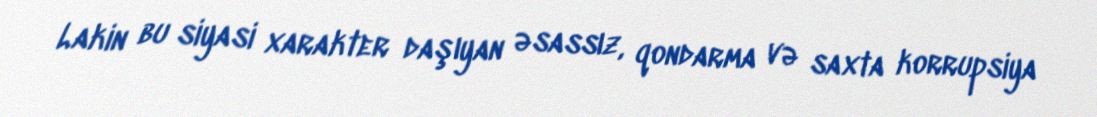
Lakin bu siyasi xarakter daşıyan əsassız, qondarma və saxta korrupsiya